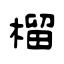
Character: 榴